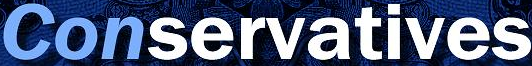
Conservatives